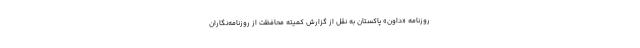
روزنامه «داون» پاکستان به نقل از گزارش کمیته محافظت از روزنامه‌نگاران